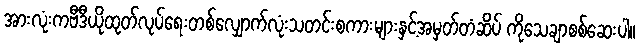
အားလုံးကဗီဒီယိုထုတ်လုပ်ရေးတစ်လျှောက်လုံးသတင်းစကားများနှင့်အမှတ်တံဆိပ် ကိုသေချာစစ်ဆေးပါ။